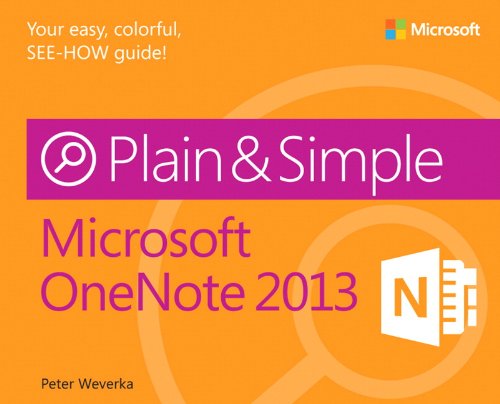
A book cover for Microsoft OneNote 2013 Plain & Simple; Peter Weverka; Computers & Technology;